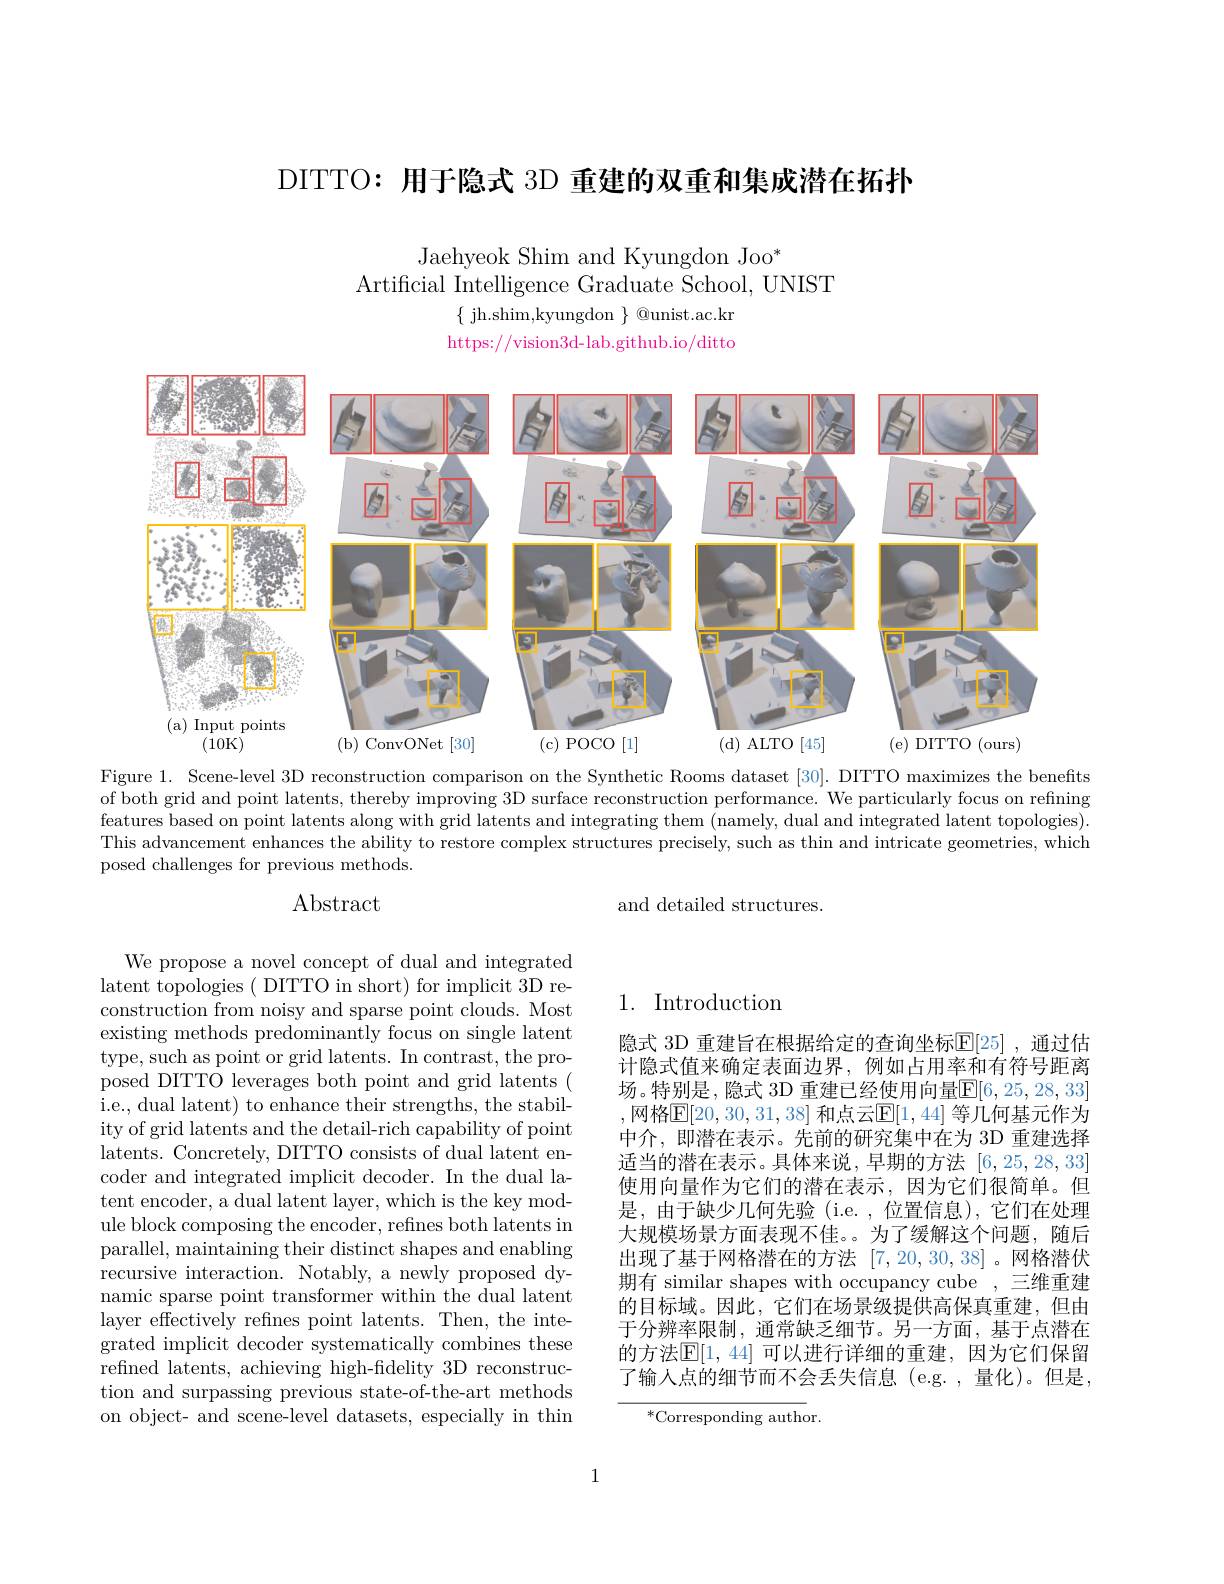
DITTO: 用于隐式 3D 重建的双重和集成潜在拓扑

Jaehyeok Shim and Kyungdon Joo*
Artificial Intelligence Graduate School, UNIST
$\{$ jh.shim,kyungdon $\}$ @unist.ac.kr https://vision3d-lab.github.io/ditto

<FigureHere>

Figure 1. Scene-level 3D reconstruction comparison on the Synthetic Rooms dataset [30]. DITTO maximizes the benefits of both grid and point latents, thereby improving 3D surface reconstruction performance. We particularly focus on refining features based on point latents along with grid latents and integrating them (namely, dual and integrated latent topologies). This advancement enhances the ability to restore complex structures precisely, such as thin and intricate geometries, which posed challenges for previous methods.
Abstract
and detailed structures.

1. Introduction

We propose a novel concept of dual and integrated latent topologies ( DITTO in short) for implicit 3D reconstruction from noisy and sparse point clouds. Most existing methods predominantly focus on single latent type, such as point or grid latents. In contrast, the proposed DITTO leverages both point and grid latents ( i.e., dual latent) to enhance their strengths, the stability of grid latents and the detail-rich capability of point latents. Concretely, DITTO consists of dual latent encoder and integrated implicit decoder. In the dual latent encoder, a dual latent layer, which is the key module block composing the encoder, refines both latents in parallel, maintaining their distinct shapes and enabling recursive interaction. Notably, a newly proposed dynamic sparse point transformer within the dual latent layer effectively refines point latents. Then, the integrated implicit decoder systematically combines these refined latents, achieving high-fidelity 3D reconstruction and surpassing previous state-of-the-art methods on object- and scene-level datasets, especially in thin

隐式 3D 重建旨在根据给定的查询坐标$\mathbb{E}[25]$ ,通过估计隐式值来确定表面边界，例如占用率和有符号距离场。特别是，隐式 3D 重建已经使用向量$\mathbb{E}[6,25,28,33]$ ,网格$\overline{\mathbb{E}}[20,30,31,38]$ 和点云$\mathbb{E}[1,44]$ 等几何基元作为中介，即潜在表示。先前的研究集中在为 3D 重建选择适当的潜在表示。具体来说，早期的方法[6,25,28,33] 使用向量作为它们的潜在表示，因为它们很简单。但是，由于缺少几何先验(i.e.,位置信息),它们在处理大规模场景方面表现不佳。为了缓解这个问题，随后出现了基于网格潜在的方法[7,20,30,38] 。网格潜伏期有 similar shapes with occupancy cube ,三维重建的目标域。因此，它们在场景级提供高保真重建，但由于分辨率限制，通常缺乏细节。另一方面，基于点潜在的方法$\mathbb{E}[1,44]$ 可以进行详细的重建，因为它们保留了输入点的细节而不会丢失信息(e.g.,量化)。但是，

$^*$Corresponding author.

1